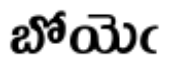
బోయెఁ